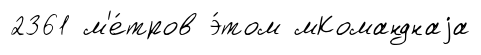
2361 м'е́тров э́том мКоманднаjа